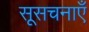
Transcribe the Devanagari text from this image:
सूसचनाएँ